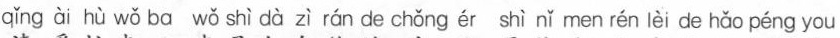
qǐng ài hù wǒ ba wǒ shì dà zì rán de chǒng ér shì nǐ men rén ièi de hǎo péng you